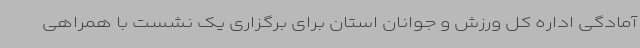
آمادگی اداره کل ورزش و جوانان استان برای برگزاری یک نشست با همراهی